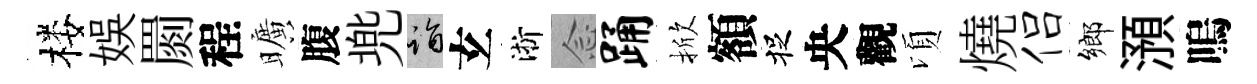
楼娱罽程曠腹兠诣𤣥淅𫝹踊掀額捉央觀頃燒侣鄉澦嗚